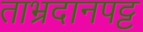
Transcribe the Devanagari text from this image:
ताभ्रदानपट्ट